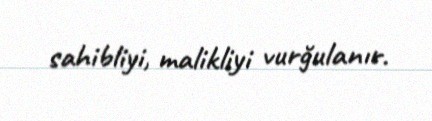
sahibliyi, malikliyi vurğulanır.